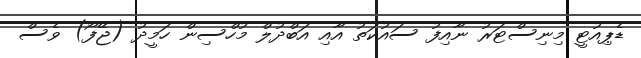
ޑެޕިއުޓީ މިނިސްޓަރު ނާއިފު ސައުކަތު އާއި އަބްދުލް މުހްސިން ހަމީދު (ޖޭފޯ) ވެސް